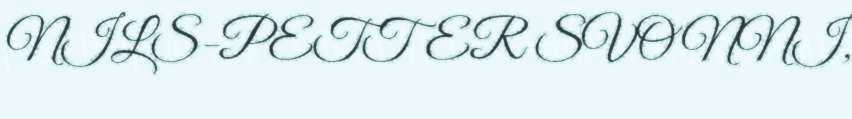
NILS-PETTER SVONNI,